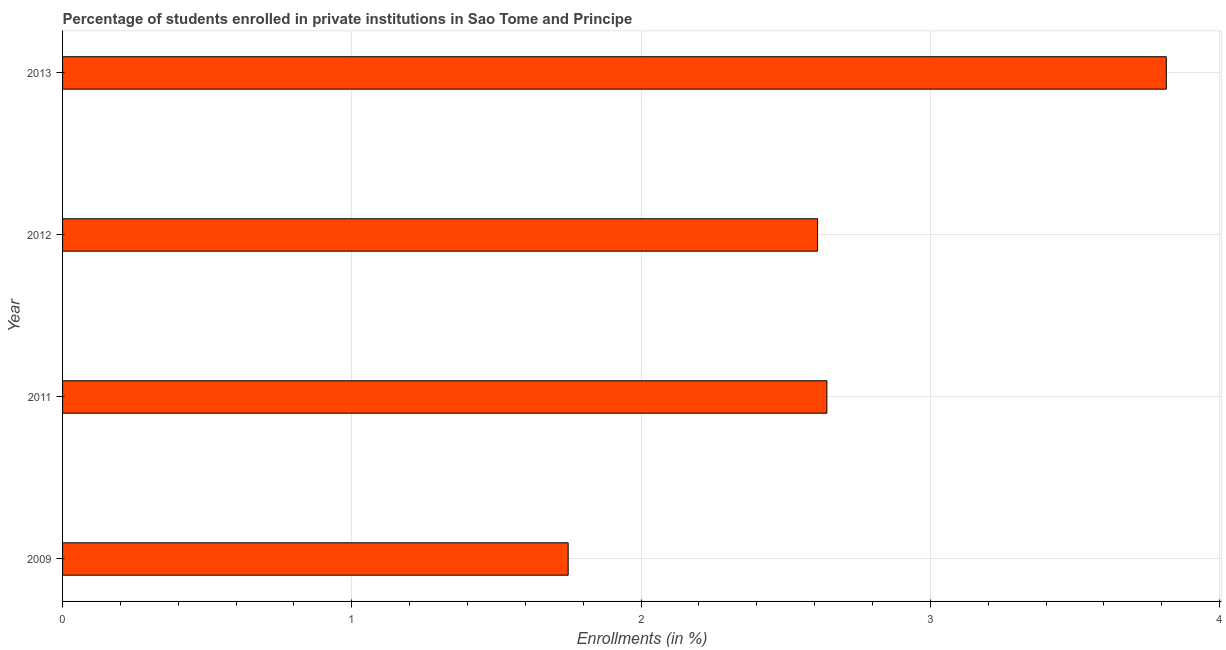
| Year | Enrollments |
 | --- | --- |
 | 2009 | 1.75 |
 | 2011 | 2.64 |
 | 2012 | 2.61 |
 | 2013 | 3.82 |